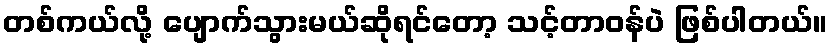
တစ်ကယ်လို့ ပျောက်သွားမယ်ဆိုရင်တော့ သင့်တာဝန်ပဲ ဖြစ်ပါတယ်။